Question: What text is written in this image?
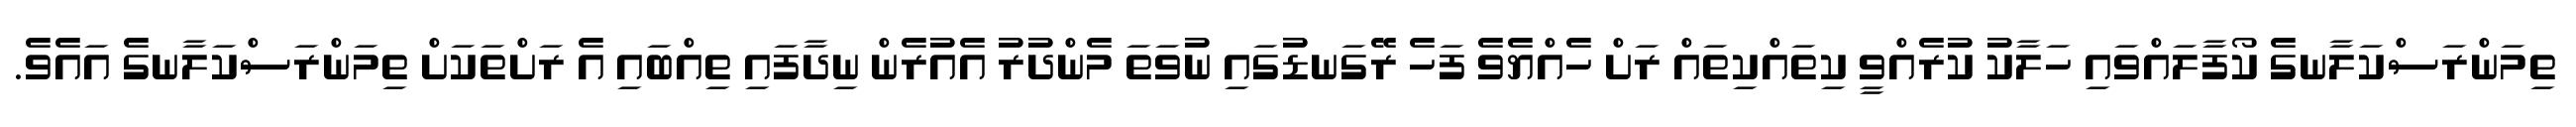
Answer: ތިމަންރަސްކަލާނގެ ކޯފާލައްވައި ހަލާކު ކުރެއްވީ ކިތައްކިތައް ރަށް ހެއްޔެވެ ފަހެ ރޭގަނޑުގައި ނުވަތަ މެންދުރު އެއުރެން ނިދާފައި ތިއްބައި އެ ރަށްތަކަށް ތިމަންރަސްކަލާނގެ އައެވެ.